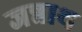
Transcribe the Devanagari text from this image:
जन्नाथ